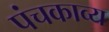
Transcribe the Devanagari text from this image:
पंचकाव्य